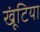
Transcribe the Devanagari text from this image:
खूंटिया